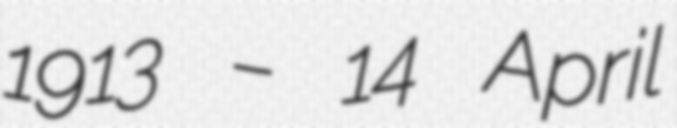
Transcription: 1913 – 14 April